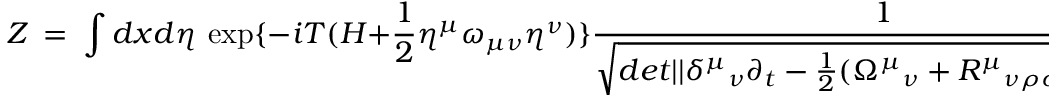
Z ~ = ~ \int d x d \eta \ \exp \{ - i T ( H + \frac { 1 } { 2 } \eta ^ { \mu } \omega _ { \mu \nu } \eta ^ { \nu } ) \} { \frac { 1 } { \sqrt { d e t | | { \delta ^ { \mu } } _ { \nu } \partial _ { t } - \frac { 1 } { 2 } ( { \Omega ^ { \mu } } _ { \nu } + { R ^ { \mu } } _ { \nu \rho \sigma } \eta ^ { \rho } \eta ^ { \sigma } ) | | } } }